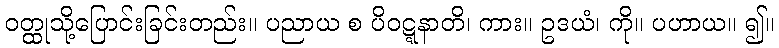
ဝတ္ထုသို့ပြောင်းခြင်းတည်း။ ပညာယ စ ပိဝဋ္ဋနာတိ၊ ကား။ ဥဒယံ၊ ကို။ ပဟာယ။ ၍။